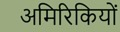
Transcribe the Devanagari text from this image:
अमिरिकियों